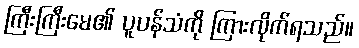
ကြီးကြီးမေ၏ ပူပန်သံကို ကြားလိုက်ရသည်။